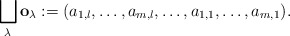
\begin{align*}\bigsqcup_\lambda \mathbf{o}_\lambda:= (a_{1,l},\dots, a_{m,l}, \dots, a_{1,1}, \dots, a_{m,1}).\end{align*}